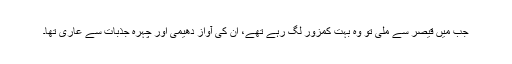
جب میں قیصر سے ملی تو وہ بہت کمزور لگ رہے تھے، ان کی آواز دھیمی اور چہرہ جذبات سے عاری تھا۔